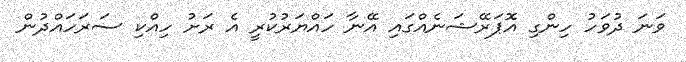
ވަނަ ދުވަހު ހިންގި އޮޮޕަރޭޝަނެއްގައި އޭނާ ހައްޔަރުކުރީ އެ ރަށު ހިއްކި ސަރަހައްދުން